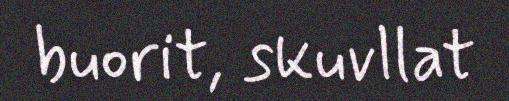
buorit, skuvllat